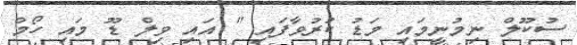
ސުކޫލް ނިމުނީމައި މަޑު ކުރުވާފައި " އައި ވިލް ޑޫ މައި ހޯމް